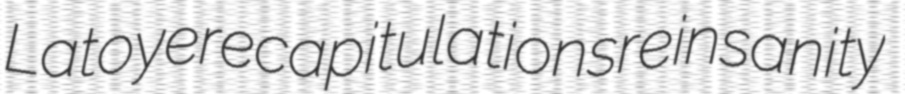
Latoye recapitulations reinsanity